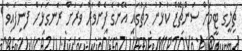
ޗިލީގެ ޓީމަށް ސަންޗޭޒް ކުޅުނު މެޗުގައި އޭނާގެ ފެންވަރު ވަރަށް ރަނގަޅަށް ފެނިފައިވާ